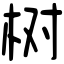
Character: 树